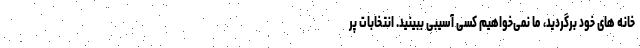
خانه های خود برگردید، ما نمی‌خواهیم کسی آسیبی ببینید. انتخابات پر